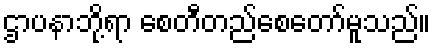
ဌာပနာဘို့ရာ စေတီတည်စေတော်မူသည်။